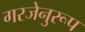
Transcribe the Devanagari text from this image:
गरजेनुरूप